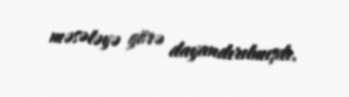
məsələyə görə dayandırılmışdı.